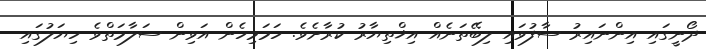
ދޯނީގައި އިންނައިރު ސާފުވައި ލިބޭތަނެއް އިޚްތިޔާރު ކުރާށެވެ. ހަމަމިހެން އަވިން ސަލާމަތްވެ ހިޔަލުގައި